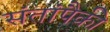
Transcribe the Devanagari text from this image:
संतांपैकी